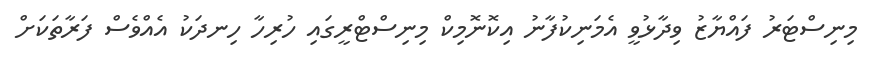
މިނިސްޓަރު ފައްޔާޒު ވިދާޅުވީ އެމަނިކުފާނު އިކޮނޮމިކް މިނިސްޓްރީގައި ހުރިހާ ހިނދަކު އެއްވެސް ފަރާތަކަށް